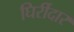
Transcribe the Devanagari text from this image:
घिर्रीदार